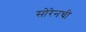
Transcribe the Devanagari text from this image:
सोरेनची